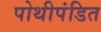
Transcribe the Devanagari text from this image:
पोथीपंडित